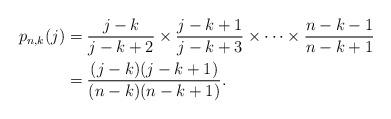
LaTeX: \begin{align*}p_{n,k}(j)&=\frac{j-k}{j-k+2}\times\frac{j-k+1}{j-k+3}\times\dotsm \times\frac{n-k-1}{n-k+1}\\ &=\frac{(j-k)(j-k+1)}{(n-k)(n-k+1)}.\end{align*}